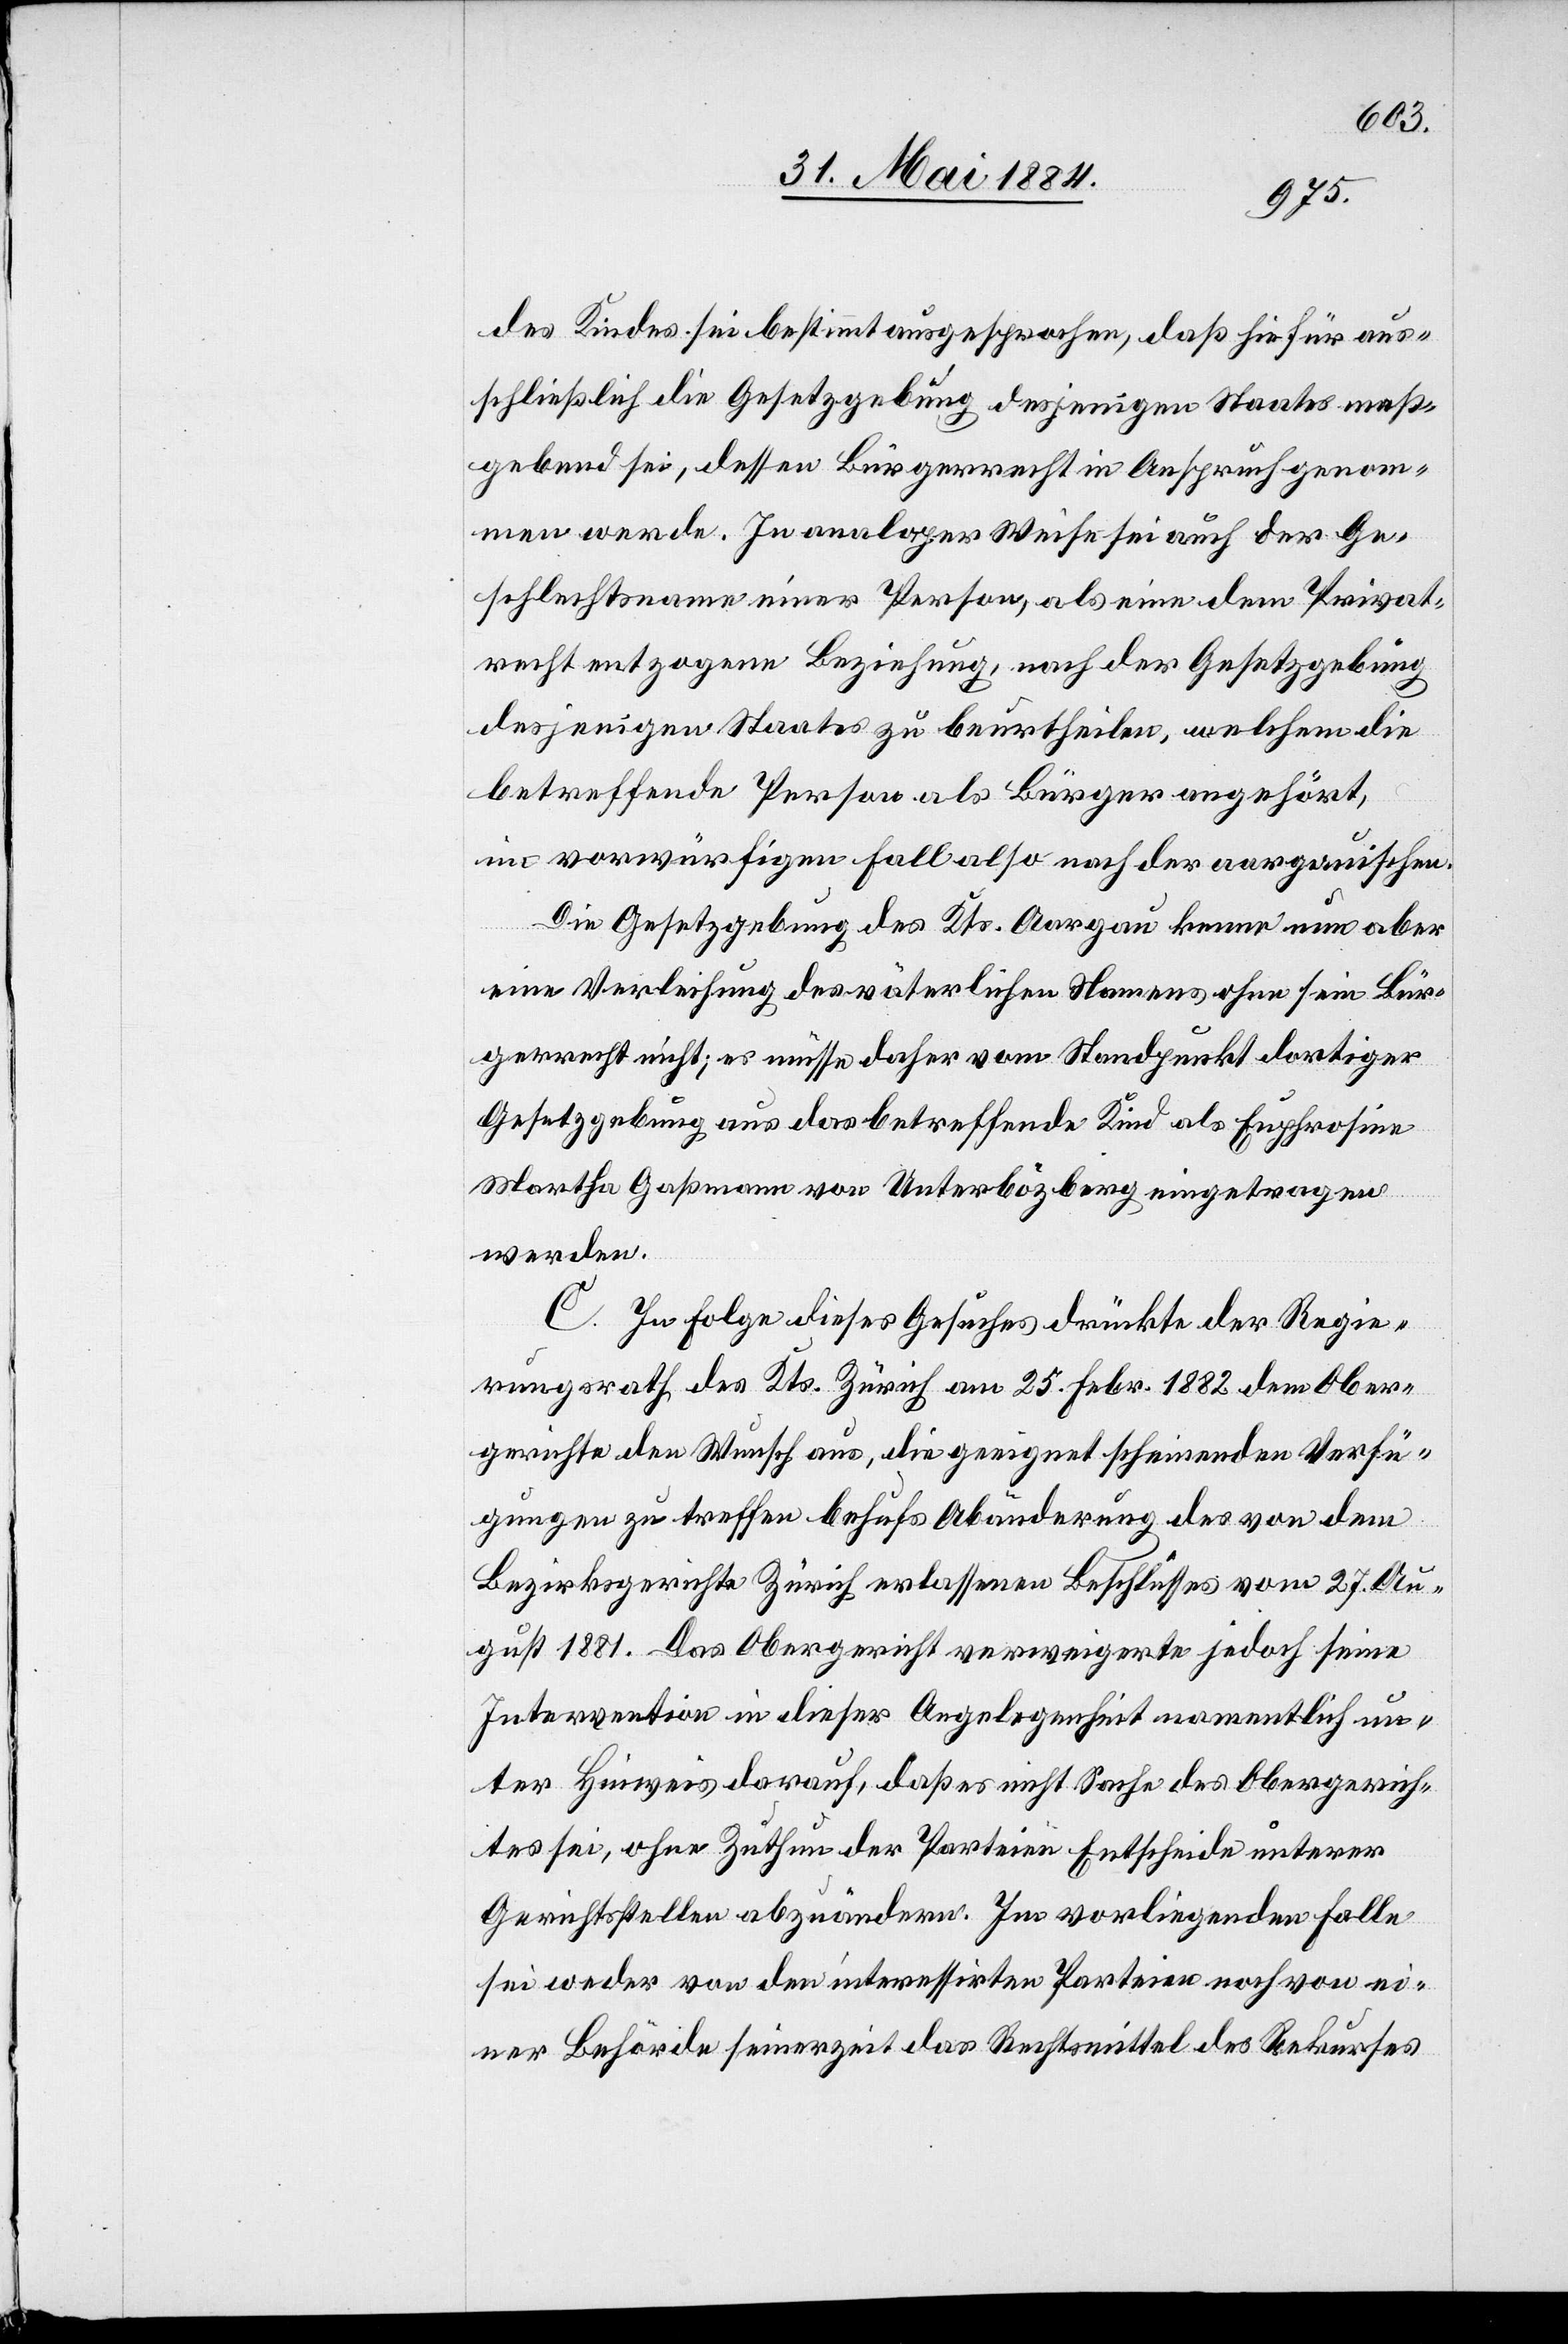
des Kindes sei bestimmt ausgesprochen, daß hiefür aus¬
schließlich die Gesetzgebung desjenigen Staates maß¬
gebend sei, dessen Bürgerrecht in Anspruch genom¬
men werde. In analoger Weise sei auch der Ge¬
schlechtsname einer Person, als eine dem Privat¬
recht entzogene Beziehung, nach der Gesetzgebung
desjenigen Staates zu beurtheilen, welchem die
betreffende Person als Bürger angehört,
im vorwürfigen Fall also nach der aargauischen.
Die Gesetzgebung des Kts. Aargau kenne nun aber
eine Verleihung des väterlichen Namens ohne sein Bür¬
gerrecht nicht; es müsse daher vom Standpunkt dortiger
Gesetzgebung aus das betreffende Kind als Euphrosine
Martha Gaßmann von Unterbözberg eingetragen
werden.
C. In Folge dieses Gesuches drückte der Regie¬
rungsrath des Kts. Zürich am 25. Febr. 1882 dem Ober¬
gerichte den Wunsch aus, die geeignet scheinenden Verfü¬
gungen zu treffen behufs Abänderung des von dem
Bezirksgerichte Zürich erlassenen Beschlusses vom 27. Au¬
gust 1881. Das Obergericht verweigerte jedoch seine
Intervention in dieser Angelegenheit namentlich un¬
ter Hinweis darauf, daß es nicht Sache des Obergerich¬
tes sei, ohne Zuthun der Parteien Entscheide unterer
Gerichtsstellen abzuändern. Im vorliegenden Falle
sei weder von den interessirten Parteien noch von ei¬
ner Behörde seinerzeit das Rechtsmittel des Rekurses